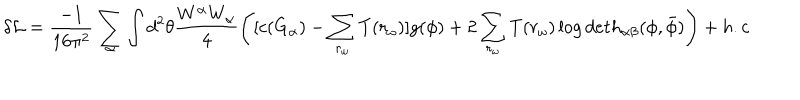
\delta { \cal L } = \frac { - 1 } { 1 6 { \pi } ^ { 2 } } \sum _ { \alpha } \int d ^ { 2 } \theta \frac { W ^ { \alpha } W _ { \alpha } } { 4 } \left( [ c ( G _ { \alpha } ) - \sum _ { r _ { \omega } } T ( r _ { \omega } ) ] g ( \phi ) + 2 \sum _ { r _ { \omega } } T ( r _ { \omega } ) \log d e t h _ { \alpha \beta } ( \phi , { \bar { \phi } } ) \right) + h . c